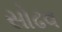
સોઢવ